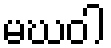
မဃဝါ